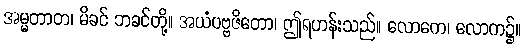
အမ္မတာတ၊ မိခင် ဘခင်တို့။ အယံပဗ္ဗဇိတော၊ ဤရဟန်းသည်။ လောကေ၊ လောက၌။